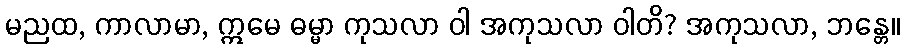
မညထ, ကာလာမာ, ဣမေ ဓမ္မာ ကုသလာ ဝါ အကုသလာ ဝါတိ? အကုသလာ, ဘန္တေ။